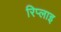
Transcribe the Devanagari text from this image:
रिप्लाइ